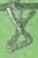
Text: 8